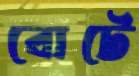
বোটে